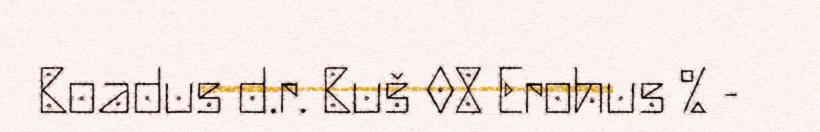
Boadus d.r. Buš 08 Erohus % -